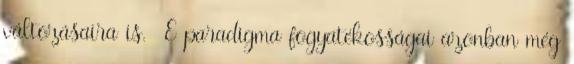
változásaira is. E paradigma fogyatékosságai azonban még